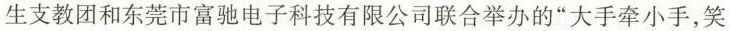
生支教团和东莞市富驰电子科技有限公司联合举办的”大手牵小手，笑